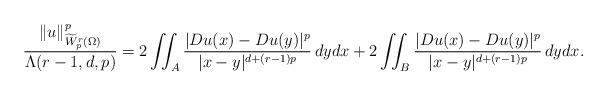
LaTeX: \begin{align*}\frac{\|u\|_{\widetilde W^r_p(\Omega)}^p}{\Lambda(r-1,d,p)} = 2 \iint_{A} \frac{|D u(x)- D u(y)|^p}{|x-y|^{d+(r-1)p}} \, dy dx + 2 \iint_{B} \frac{|D u(x)- D u(y)|^p}{|x-y|^{d+(r-1)p}} \, dy dx.\end{align*}